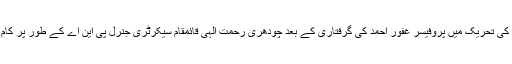
نظام مصطفی کی تحریک میں پروفیسر غفور احمد کی گرفتاری کے بعد چودھری رحمت الٰہی قائمقام سیکرٹری جنرل پی این اے کے طور پر کام کرتے رہے ۔